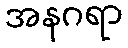
အနဂရာ